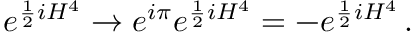
e ^ { \frac { 1 } { 2 } i H ^ { 4 } } \rightarrow e ^ { i \pi } e ^ { \frac { 1 } { 2 } i H ^ { 4 } } = - e ^ { \frac { 1 } { 2 } i H ^ { 4 } } \, .